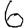
Digit: 6